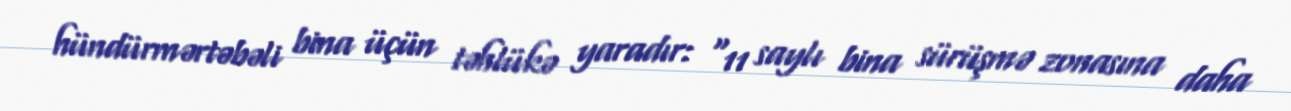
hündürmərtəbəli bina üçün təhlükə yaradır: “11 saylı bina sürüşmə zonasına daha